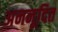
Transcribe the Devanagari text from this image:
अननूदित